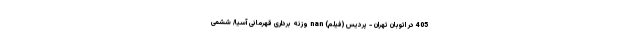
405 در اتوبان تهران - پردیس (فیلم) nan وزنه برداری قهرمانی آسیا/ ششمی